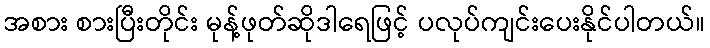
အစား စားပြီးတိုင်း မုန့်ဖုတ်ဆိုဒါရေဖြင့် ပလုပ်ကျင်းပေးနိုင်ပါတယ်။